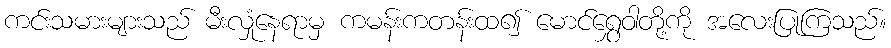
ကင်းသမားများသည် မီးလှုံနေရာမှ ကမန်းကတန်းထ၍ မောင်ရွှေဝါတို့ကို အလေးပြုကြသည်။